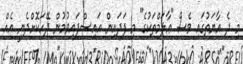
މި ދެ އާޔަތުގައި ވެސް "ޢާލަމްތަކުގެ" މި ފަދައިން އައިސްފައިވުމުން ދޭހަކޮށްދެނީ އެއް